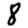
Digit: 8